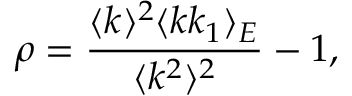
\rho = \frac { \langle k \rangle ^ { 2 } \langle k k _ { 1 } \rangle _ { E } } { \langle k ^ { 2 } \rangle ^ { 2 } } - 1 ,